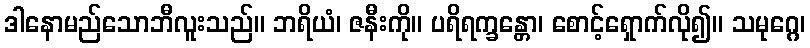
ဒါနောမည်သောဘီလူးသည်။ ဘရိယံ၊ ဇနီးကို။ ပရိရက္ခန္တော၊ စောင့်ရှောက်လို၍။ သမုဂ္ဂေ၊